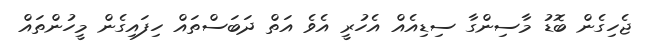
ޖެހިގެން ބޮޑު މާސިންގާ ސިޑިއެއް އެހުރީ އެވެ އަތް ދަބަސްތައް ހިފައިގެން މީހުންތައް